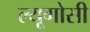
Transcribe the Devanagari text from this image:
ल्यूगोसी